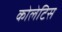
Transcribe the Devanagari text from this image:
कोलेटिस